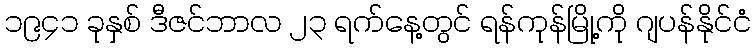
၁၉၄၁ ခုနှစ် ဒီဇင်ဘာလ ၂၃ ရက်နေ့တွင် ရန်ကုန်မြို့ကို ဂျပန်နိုင်ငံ